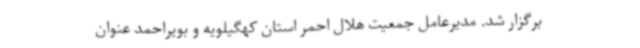
برگزار شد. مدیرعامل جمعیت هلال احمر استان کهگیلویه و بویراحمد عنوان